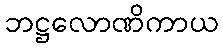
ဘဋ္ဌလောဏိကာယ